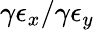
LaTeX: \gamma\epsilon_{x}/\gamma\epsilon_{y}